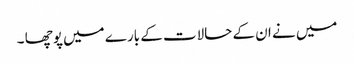
میں نے ان کے حالات کے بارے میں پوچھا ۔